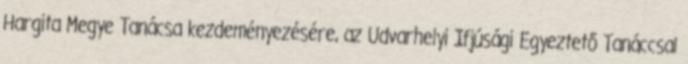
Hargita Megye Tanácsa kezdeményezésére, az Udvarhelyi Ifjúsági Egyeztető Tanáccsal